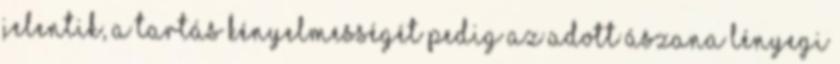
jelentik, a tartás kényelmességét pedig az adott ászana lényegi